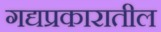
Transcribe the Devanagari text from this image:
गद्यप्रकारातील